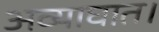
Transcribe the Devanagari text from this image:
अव्याघात।